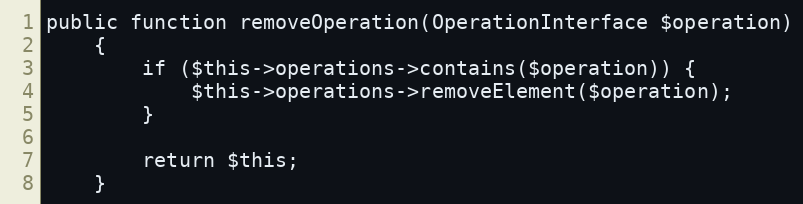
Language: PHP
public function removeOperation(OperationInterface $operation)
    {
        if ($this->operations->contains($operation)) {
            $this->operations->removeElement($operation);
        }

        return $this;
    }